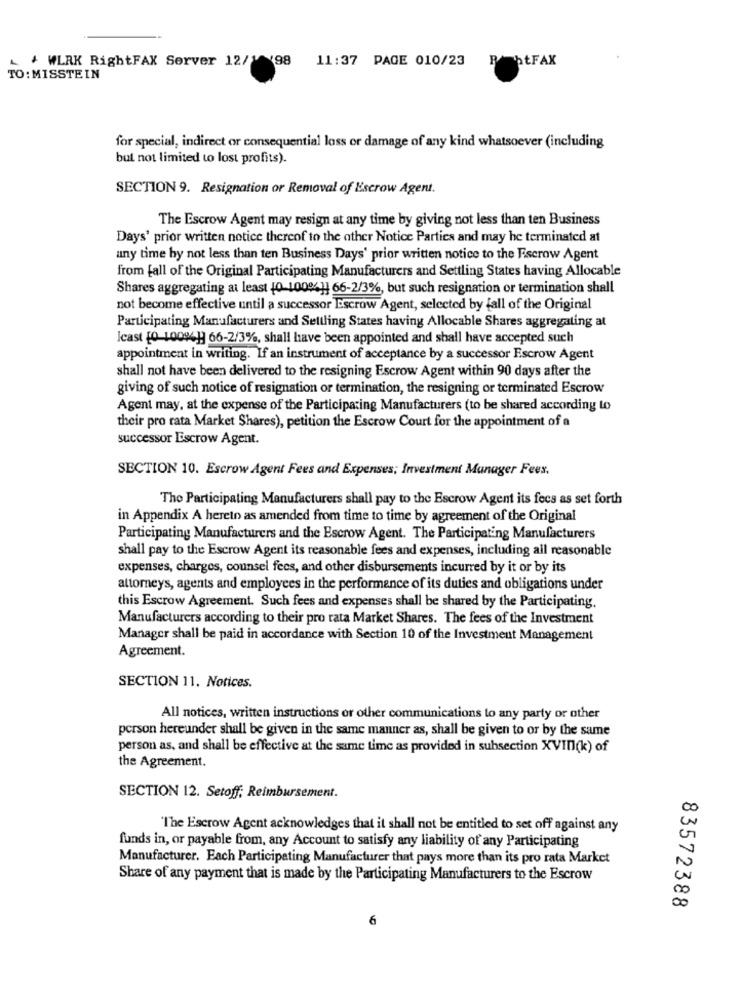
+ WLRK RightFAX Server 12/1 98 11:37 PAGE 010/23
P htFAX
TO: MISSTEIN
for special, indirect or consequential loss or damage of any kind whatsoever (including
but not limited to lost profits).
SECTION 9. Resignation or Removal of Escrow Agent.
The Escrow Agent may resign at any time by giving not less than ten Business
Days' prior written notice thereof to the other Notice Parties and may be terminated at
any time by not less than ten Business Days' prior written notice to the Escrow Agent
from fall of the Original Participating Manufacturers and Settling States having Allocable
Shares aggregating at least [0-10004]] 66-2/3%, but such resignation or termination shall
not become effective until a successor Escrow Agent, selected by fall of the Original
Participating Manufacturers and Settling States having Allocable Shares aggregating at
Icast [0-10094]] 66-2/3%, shall have been appointed and shall have accepted such
appointment in writing. If an instrument of acceptance by a successor Escrow Agent
shall not have been delivered to the resigning Escrow Agent within 90 days after the
giving of such notice of resignation or termination, the resigning or terminated Escrow
Agent may, at the expense of the Participating Manufacturers (to be shared according to
their pro rata Market Shares), petition the Escrow Court for the appointment of a
successor Escrow Agent.
SECTION 10. Escrow Agent Fees and Expenses; Investment Manager Fees,
The Participating Manufacturers shall pay to the Escrow Agent its fecs as set forth
in Appendix A hereto as amended from time to time by agreement of the Original
Participating Manufacturers and the Escrow Agent. The Participating Manufacturers
shall pay to the Escrow Agent its reasonable fees and expenses, including all reasonable
expenses, charges, counsel fees, and other disbursements incurred by it or by its
attorneys, agents and employees in the performance of its duties and obligations under
this Escrow Agreement. Such fees and expenses shall be shared by the Participating.
Manufacturers according to their pro rata Market Shares. The fees of the Investment
Manager shall be paid in accordance with Section 10 of the Investment Management
Agreement.
SECTION 11. Notices.
All notices, written instructions or other communications to any party or other
person hereunder shall be given in the same manner as, shall be given to or by the same
person as, and shall be effective at the same time as provided in subsection XVII(k) of
the Agreement.
SECTION 12. Setoff; Reimbursement.
"The Escrow Agent acknowledges that it shall not be entitled to set off against any
funds in, or payable from, any Account to satisfy any liability of any Participating
Manufacturer. Each Participating Manufacturer that pays more than its pro rata Market
Share of any payment that is made by the Participating Manufacturers to the Escrow
W
00
83572388
6